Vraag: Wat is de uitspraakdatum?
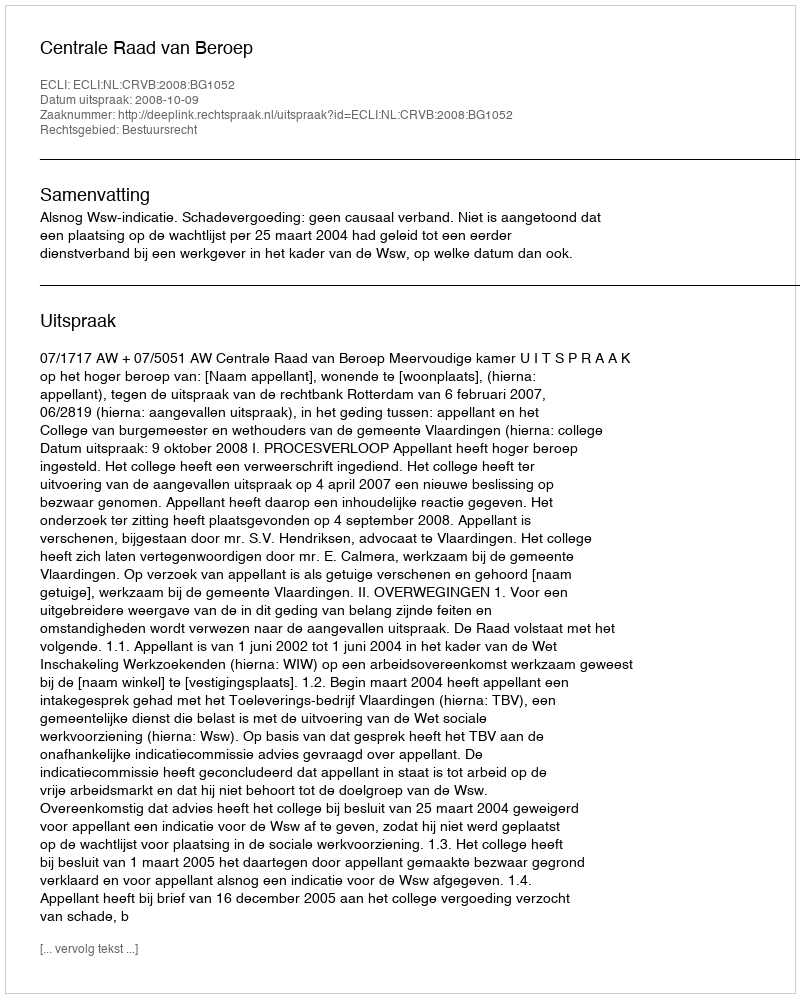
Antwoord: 2008-10-09